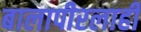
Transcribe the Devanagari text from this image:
बालापीरलाही